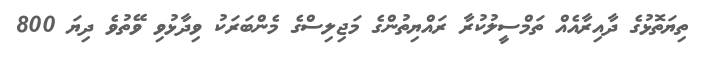
ތިޔަތޮޅުގެ ދާއިރާއެއް ތަމްސީލުކުރާ ރައްޔިތުންގެ މަޖިލިސްގެ މެންބަރަކު ވިދާޅުވި ވޭތުވެ ދިޔަ 800